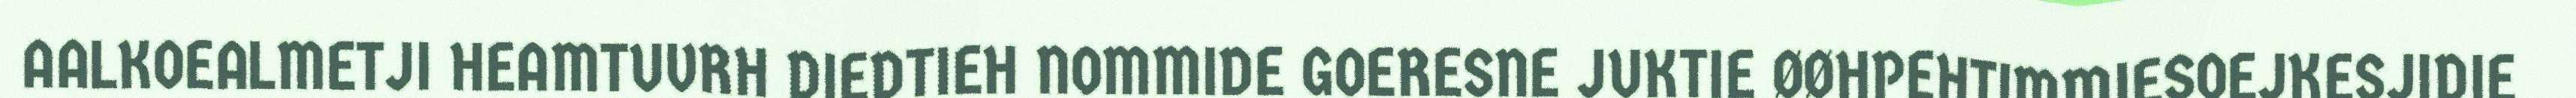
AALKOEALMETJI HEAMTUVRH DIEDTIEH NOMMIDE GOERESNE JUKTIE ØØHPEHTIMMIESOEJKESJIDIE